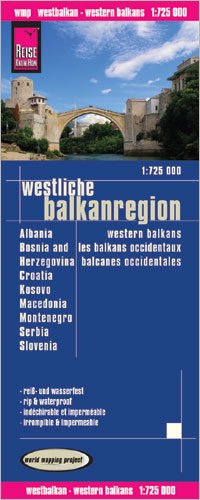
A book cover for Croatia, Slovenia, Serbia, Montenegro, Bosnia-Herzegovina, Macedonia & Albania 1:725,000 Travel Map REISE; Reise Knowhow; Travel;